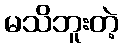
မသိဘူးတဲ့